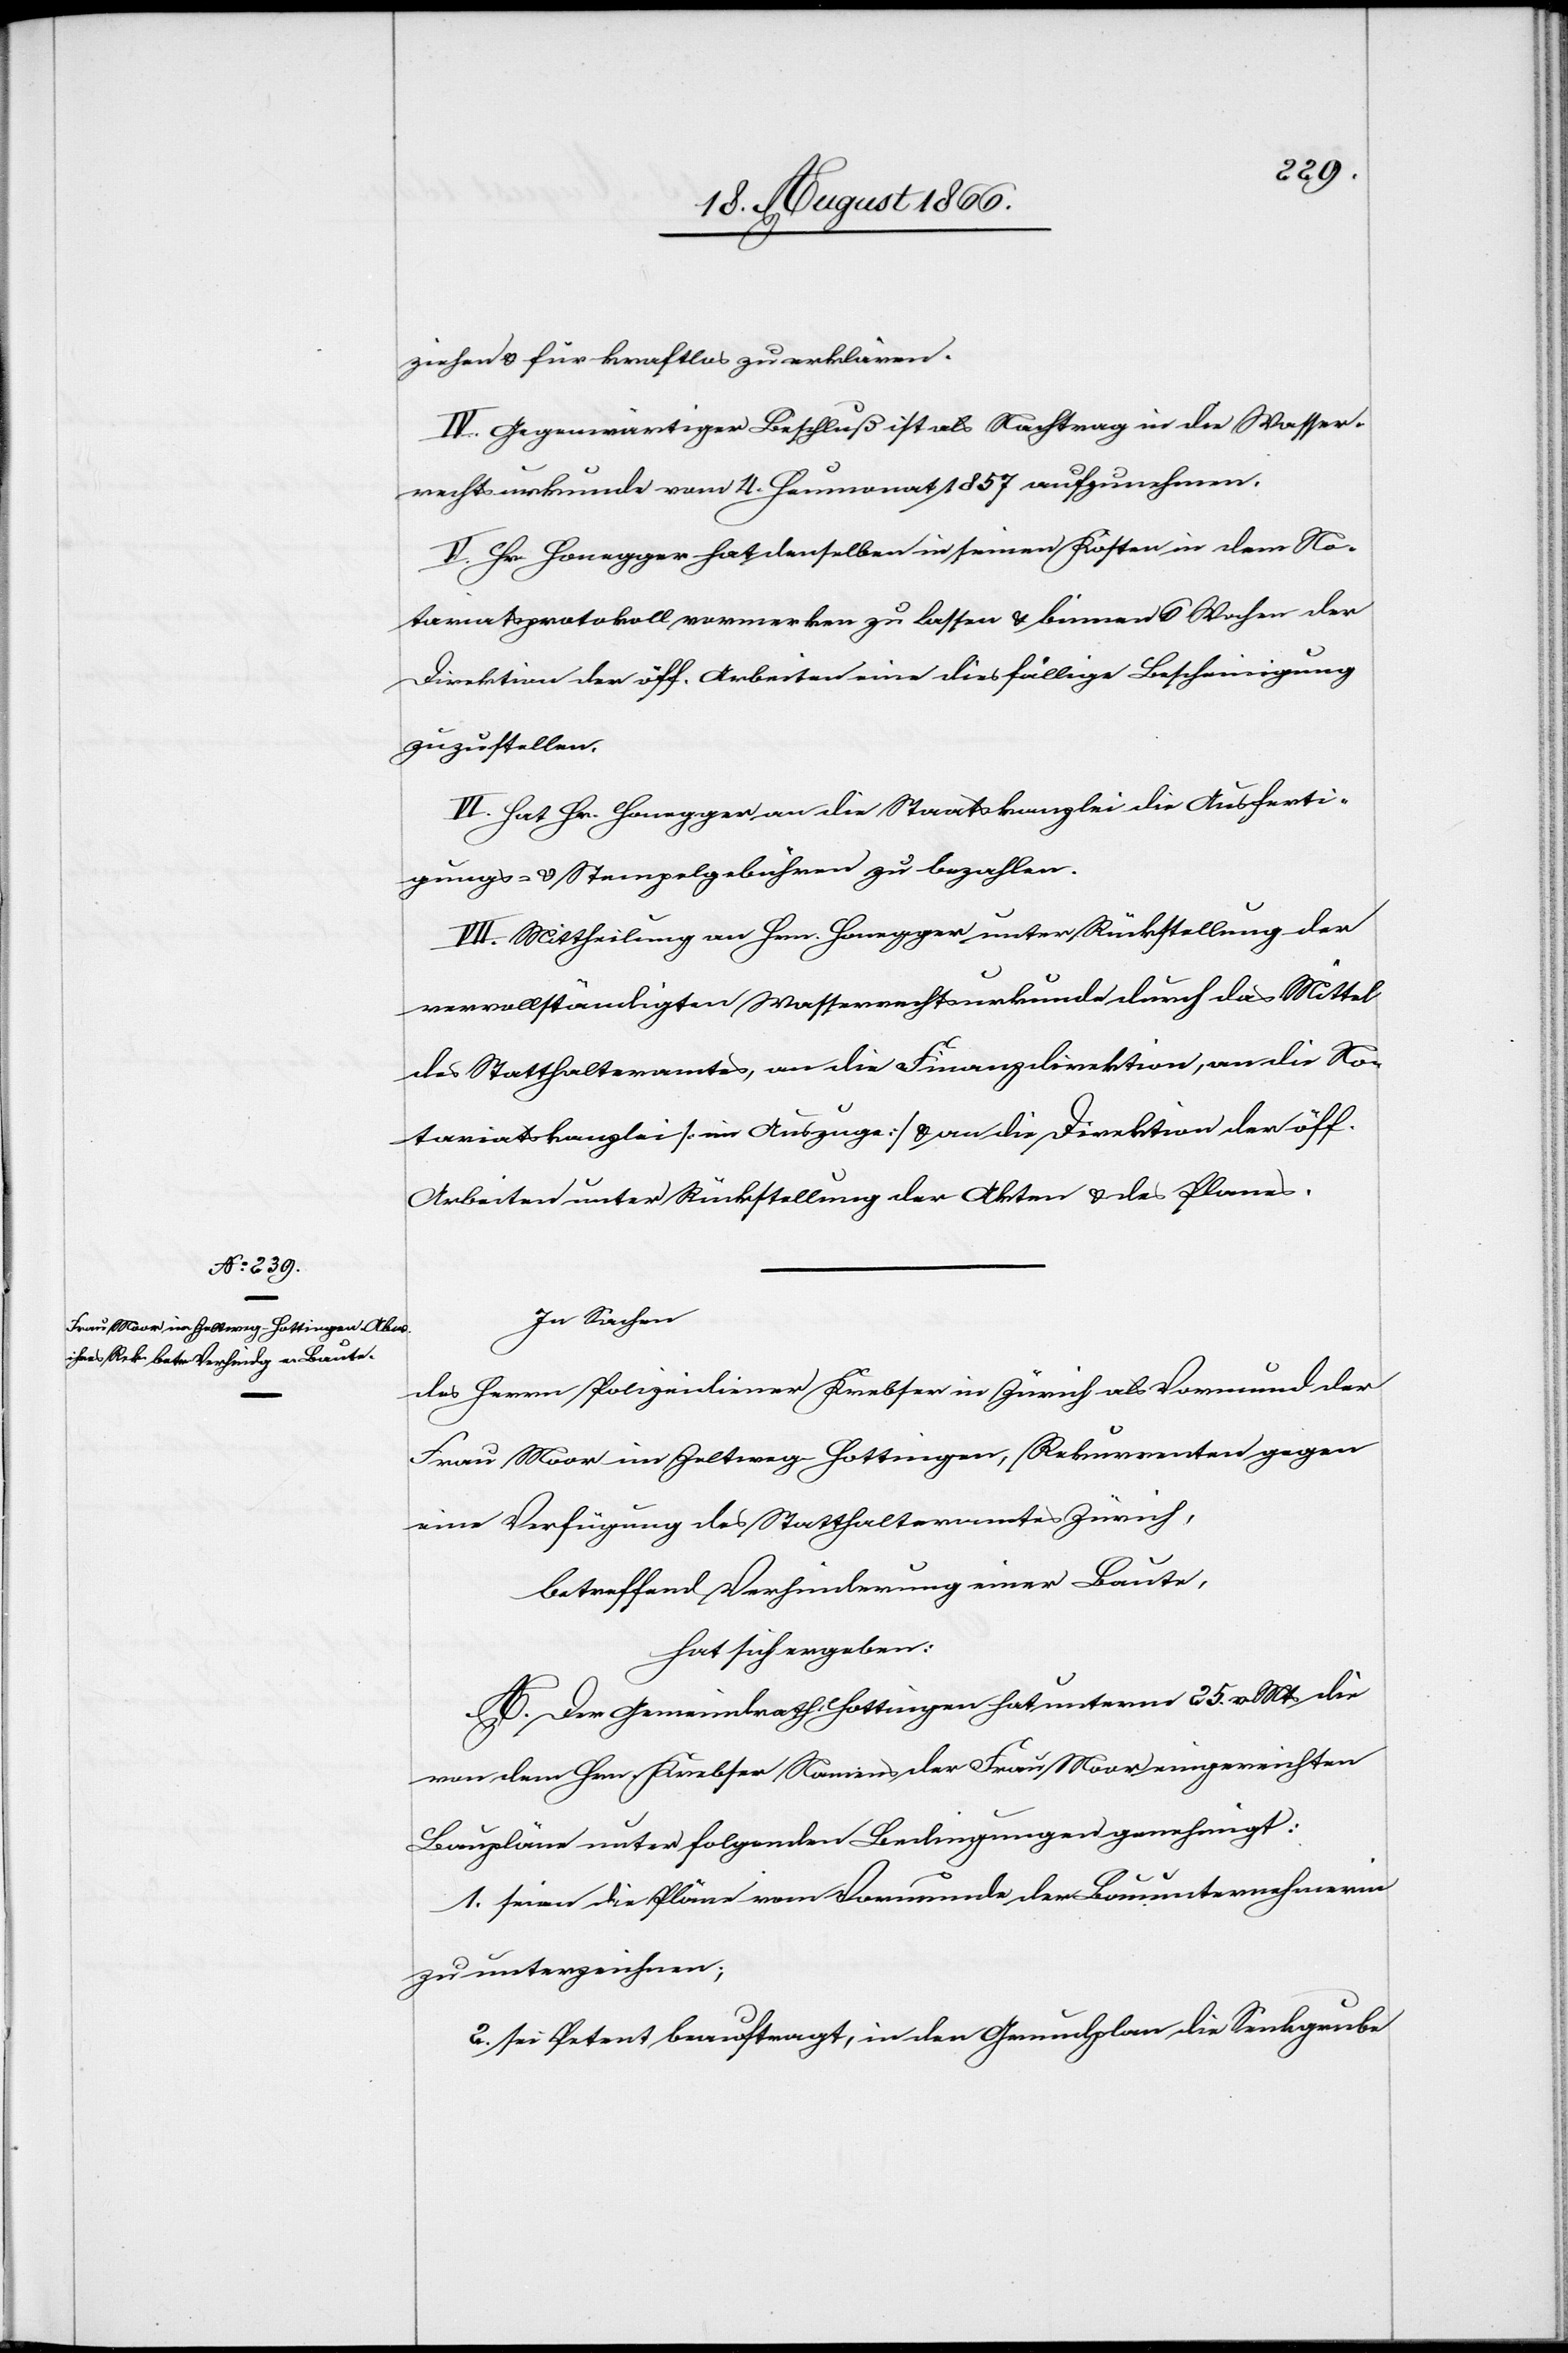
ziehen u. für kraftlos zu erklären.
IV. Gegenwärtiger Beschluß ist als Nachtrag in die Wasser¬
rechtsurkunde vom 4. Heumonat 1857 aufzunehmen.
V. Hr. Honegger hat denselben in seinen Kosten in dem No¬
tariatsprotokoll vormerken zu lassen u. binnen 6 Wochen der
Direktion der öff. Arbeiten eine diesfällige Bescheinigung
zuzustellen.
VI. Hat Hr. Honegger an die Staatskanzlei die Ausferti¬
gungs- u. Stempelgebühren zu bezahlen.
VII. Mittheilung an Hrn. Honegger unter Rückstellung der
vervollständigten Wasserrechtsurkunde durch das Mittel
des Statthalteramtes, an die Finanzdirektion, an die No¬
tariatskanzlei [im Auszuge] u. an die Direktion der öff.
Arbeiten unter Rückstellung der Akten u. des Planes.
In Sachen
des Herrn Polizeidiener Krebser in Zürich als Vormund der
Frau Moor im Zeltweg-Hottingen, Rekurrenten gegen
eine Verfügung des Statthalteramtes Zürich,
betreffend Verhinderung einer Baute,
hat sich ergeben:
A. Der Gemeindrath Hottingen hat unterm 25. v. Mts. die
von dem Hrn. Krebser Namens der Frau Moor eingereichten
Baupläne unter folgenden Bedingungen genehmigt:
1. seien die Pläne vom Vormunde der Bauunternehmerin
zu unterzeichnen;
2. sei Petent beauftragt, in den Grundplan die Senkgrube